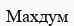
Махдум